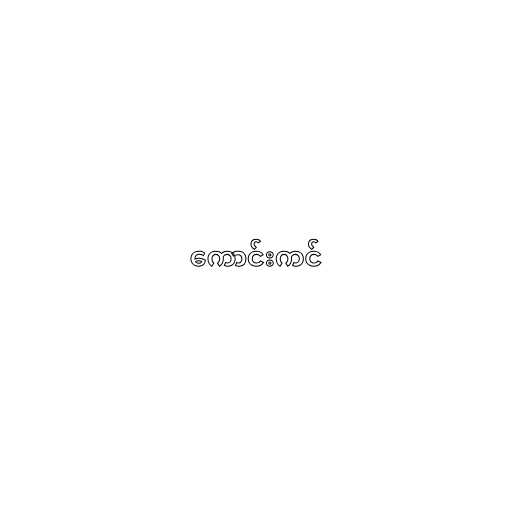
ကောင်းကင်